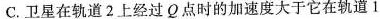
C.卫星在轨道2上经过Q点时的加速度大于它在轨道1